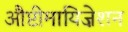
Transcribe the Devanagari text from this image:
औप्टीमायिज़ेशन